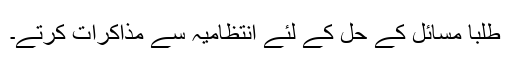
طلبا مسائل کے حل کے لئے انتظامیہ سے مذاکرات کرتے۔